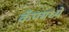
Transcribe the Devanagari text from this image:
कँपमध्ये